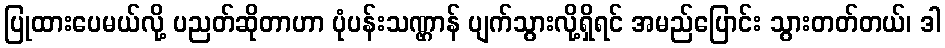
ပြုထားပေမယ်လို့ ပညတ်ဆိုတာဟာ ပုံပန်းသဏ္ဌာန် ပျက်သွားလို့ရှိရင် အမည်ပြောင်း သွားတတ်တယ်၊ ဒါ